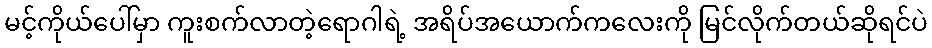
မင့်ကိုယ်ပေါ်မှာ ကူးစက်လာတဲ့ရောဂါရဲ့ အရိပ်အယောက်ကလေးကို မြင်လိုက်တယ်ဆိုရင်ပဲ